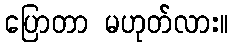
ပြောတာ မဟုတ်လား။